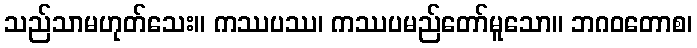
သည်သာမဟုတ်သေး။ ကဿပဿ၊ ကဿပမည်တော်မူသော။ ဘဂဝတောစ၊